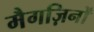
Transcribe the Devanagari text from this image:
मैगज़िनों